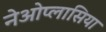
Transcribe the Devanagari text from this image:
नेओप्लासिया